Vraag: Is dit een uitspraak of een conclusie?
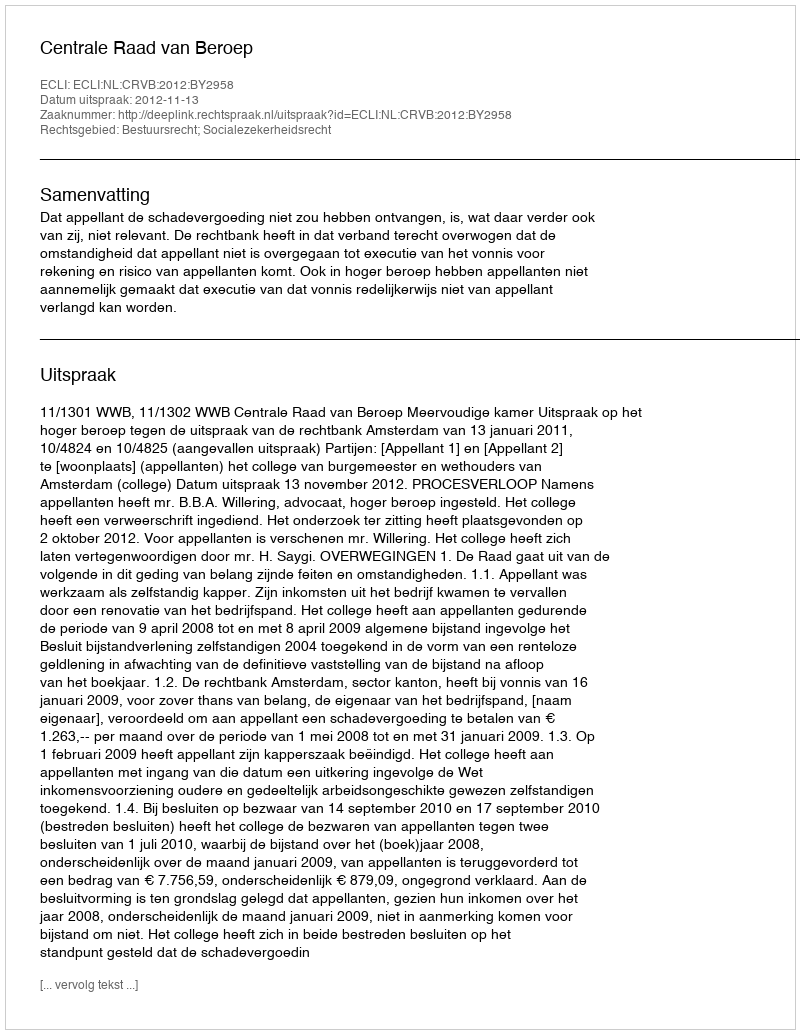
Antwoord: Uitspraak